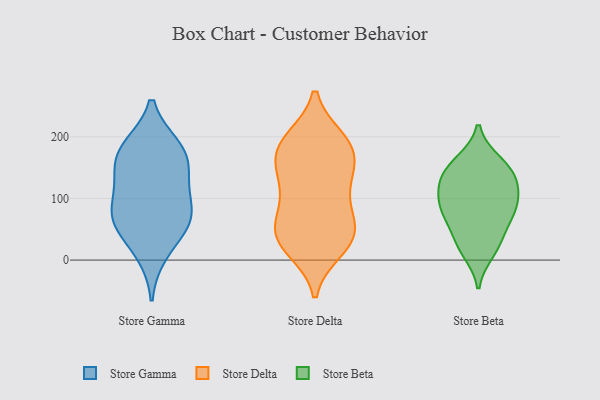
{"axis": {"x": "Shipments", "y": "Value"}, "legend": ["Store Beta", "Store Delta", "Store Gamma"], "data": [{"x": "", "y": 57, "type": "Store Gamma"}, {"x": "", "y": 167, "type": "Store Gamma"}, {"x": "", "y": 70, "type": "Store Gamma"}, {"x": "", "y": 183, "type": "Store Gamma"}, {"x": "", "y": 11, "type": "Store Gamma"}, {"x": "", "y": 66, "type": "Store Gamma"}, {"x": "", "y": 112, "type": "Store Gamma"}, {"x": "", "y": 183, "type": "Store Gamma"}, {"x": "", "y": 68, "type": "Store Gamma"}, {"x": "", "y": 155, "type": "Store Gamma"}, {"x": "", "y": 122, "type": "Store Gamma"}, {"x": "", "y": 54, "type": "Store Delta"}, {"x": "", "y": 85, "type": "Store Delta"}, {"x": "", "y": 41, "type": "Store Delta"}, {"x": "", "y": 16, "type": "Store Delta"}, {"x": "", "y": 197, "type": "Store Delta"}, {"x": "", "y": 105, "type": "Store Delta"}, {"x": "", "y": 148, "type": "Store Delta"}, {"x": "", "y": 66, "type": "Store Delta"}, {"x": "", "y": 16, "type": "Store Delta"}, {"x": "", "y": 31, "type": "Store Delta"}, {"x": "", "y": 111, "type": "Store Delta"}, {"x": "", "y": 47, "type": "Store Delta"}, {"x": "", "y": 189, "type": "Store Delta"}, {"x": "", "y": 161, "type": "Store Delta"}, {"x": "", "y": 175, "type": "Store Delta"}, {"x": "", "y": 197, "type": "Store Delta"}, {"x": "", "y": 40, "type": "Store Delta"}, {"x": "", "y": 146, "type": "Store Delta"}, {"x": "", "y": 141, "type": "Store Delta"}, {"x": "", "y": 192, "type": "Store Delta"}, {"x": "", "y": 94, "type": "Store Beta"}, {"x": "", "y": 143, "type": "Store Beta"}, {"x": "", "y": 13, "type": "Store Beta"}, {"x": "", "y": 65, "type": "Store Beta"}, {"x": "", "y": 82, "type": "Store Beta"}, {"x": "", "y": 125, "type": "Store Beta"}, {"x": "", "y": 68, "type": "Store Beta"}, {"x": "", "y": 87, "type": "Store Beta"}, {"x": "", "y": 160, "type": "Store Beta"}, {"x": "", "y": 24, "type": "Store Beta"}, {"x": "", "y": 159, "type": "Store Beta"}, {"x": "", "y": 103, "type": "Store Beta"}, {"x": "", "y": 31, "type": "Store Beta"}, {"x": "", "y": 126, "type": "Store Beta"}, {"x": "", "y": 134, "type": "Store Beta"}]}